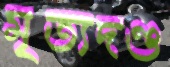
মৃত্যদণ্ড